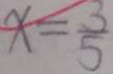
x = \frac { 3 } { 5 }